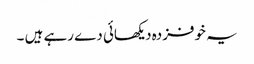
یہ خوفزدہ دیکھائی دے رہے ہیں ۔